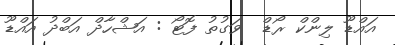
އައްޑޫ ލިންކް ރޯޑް  ވަގުތު ފޮޓޯ : އަޝްހާދް އަބްދު އައްޑޫ